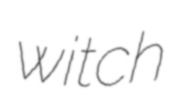
witch